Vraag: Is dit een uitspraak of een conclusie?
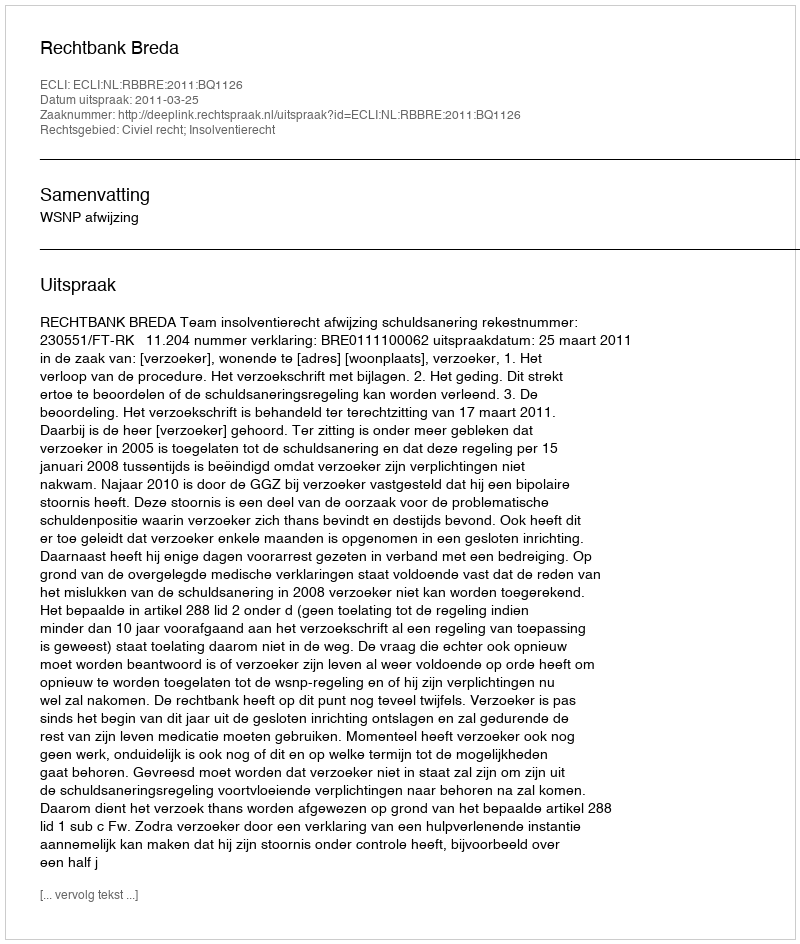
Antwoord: Uitspraak